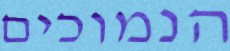
הנמוכים